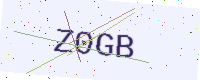
Text: Z0GB